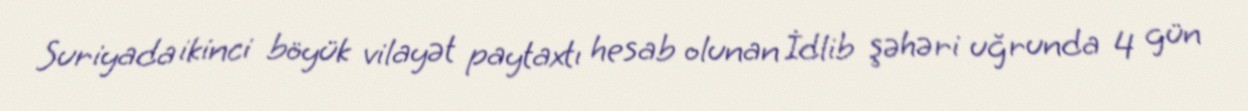
Suriyada ikinci böyük vilayət paytaxtı hesab olunan İdlib şəhəri uğrunda 4 gün